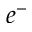
e ^ { - }